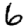
Digit: 6